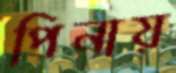
পিনায়